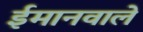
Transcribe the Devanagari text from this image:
ईमानवाले